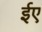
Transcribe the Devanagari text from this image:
ईए